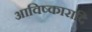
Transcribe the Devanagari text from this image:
आविष्कारादि